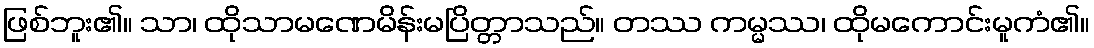
ဖြစ်ဘူး၏။ သာ၊ ထိုသာမဏေမိန်းမပြိတ္တာသည်။ တဿ ကမ္မဿ၊ ထိုမကောင်းမူကံ၏။